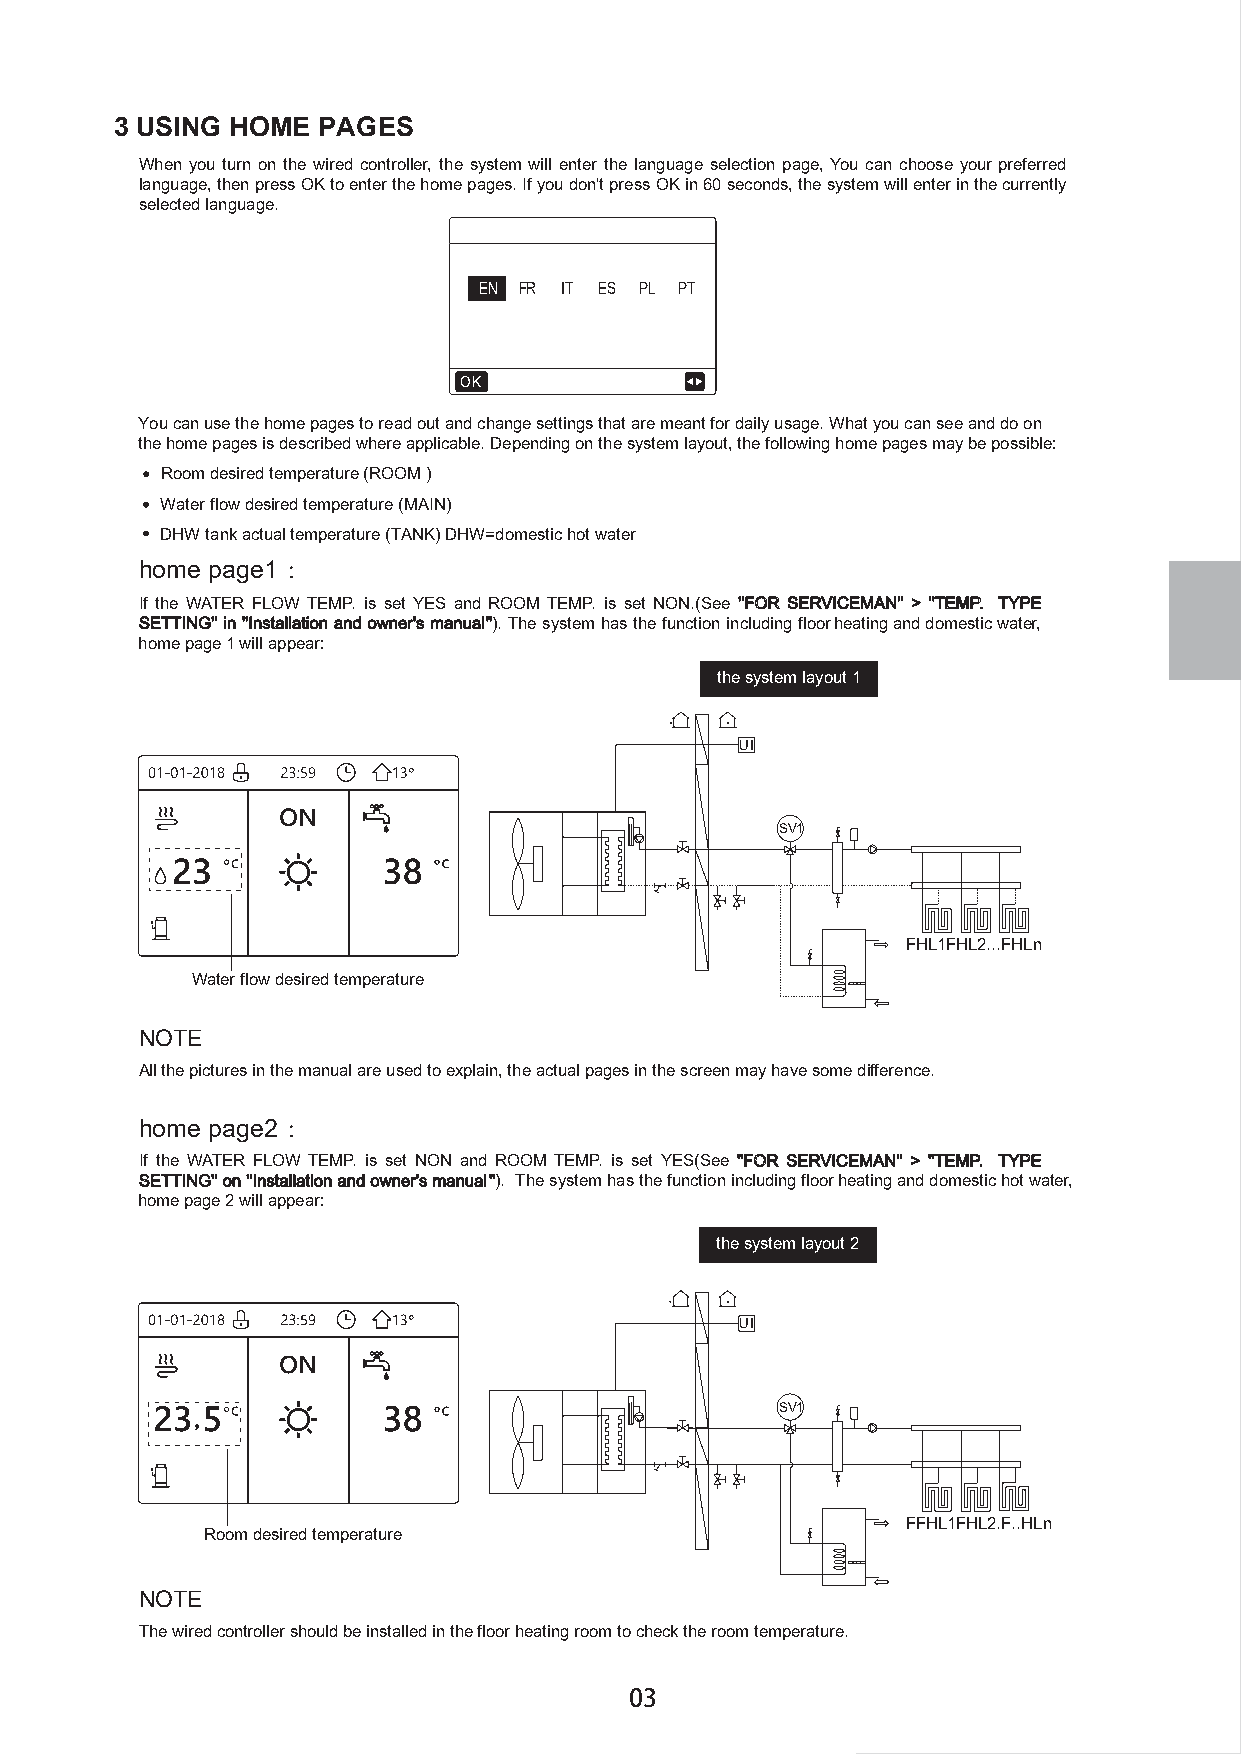
3 USING HOME PAGES
 When you turn on the wired controller, the system will enter the language selection page, You can choose your preferred
 language, then press OK to enter the home pages. If you don't press OK in 60 seconds, the system will enter in the currently
 selected language.
 EN FR IT ES PL PT
 OK
 You can use the home pages to read out and change settings that are meant for daily usage. What you can see and do on
 the home pages is described where applicable. Depending on the system layout, the following home pages may be possible:
 Room desired temperature (ROOM )
 Water flow desired temperature (MAIN)
 DHW tank actual temperature (TANK) DHW=domestic hot water
 home page1 ：
 If the WATER FLOW TEMP. is set YES and ROOM TEMP. is set NON.(See ''FOR SERVICEMAN'' > ''TEMP. TYPE
 S E T T I N G ' ' i n ' 'I n s t a l l a t io n a n d o w n e r 's m a n u a l ' ' ) . T h e s y s t e m h a s t h e f u n c t i o n i n c l u d i n g f l o o r heating and domestic water,
 home page 1 will appear:
 the system layout 1
 UI
 SV1
 FHL1FHL2...FHLn
 Water flow desired temperature
 NOTE
 All the pictures in the manual are used to explain, the actual pages in the screen may have some difference.
 home page2 ：
 If the WATER FLOW TEMP. is set NON and ROOM TEMP. is set YES(See ''FOR SERVICEMAN'' > ''TEMP. TYPE
 S E T T I N G ' ' o n ' 'I n s t a l l a t io n a n d o w n e r ' s m a n u a l ' ' ) . T h e s y s t e m h a s t h e f u n c t io n i n c l u d i n g f l o o r heating and domestic hot water,
 home page 2 will appear:
 the system layout 2
 UI
 SV1
 FFHL1FHL2.F..HLn
 Room desired temperature
 NOTE
 The wired controller should be installed in the floor heating room to check the room temperature.
 03